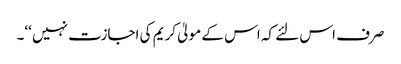
صرف اس لئے کہ اس کے مولیٰ کریم کی اجازت نہیں ‘‘۔